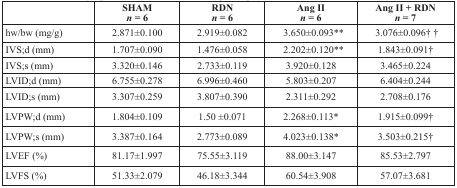
<table><thead><tr><td></td><td><b>SHAM <i>n</i> = 6</b></td><td><b>RDN <i>n</i> = 6</b></td><td><b>Ang II <i>n</i> = 6</b></td><td><b>Ang II + RDN <i>n</i> = 7</b></td></tr></thead><tbody><tr><td>hw/bw (mg/g)</td><td>2.871±0.100</td><td>2.919±0.082</td><td>3.650±0.093**</td><td>3.076±0.096† †</td></tr><tr><td>IVS;d (mm)</td><td>1.707±0.090</td><td>1.476±0.058</td><td>2.202±0.120**</td><td>1.843±0.091†</td></tr><tr><td>IVS;s (mm)</td><td>3.320±0.146</td><td>2.733±0.119</td><td>3.920±0.128</td><td>3.465±0.224</td></tr><tr><td>LVID;d (mm)</td><td>6.755±0.278</td><td>6.996±0.460</td><td>5.803±0.207</td><td>6.404±0.244</td></tr><tr><td>LVID;s (mm)</td><td>3.307±0.259</td><td>3.807±0.390</td><td>2.311±0.292</td><td>2.708±0.176</td></tr><tr><td>LVPW;d (mm)</td><td>1.804±0.109</td><td>1.50 ±0.071</td><td>2.268±0.113*</td><td>1.915±0.099†</td></tr><tr><td>LVPW;s (mm)</td><td>3.387±0.164</td><td>2.773±0.089</td><td>4.023±0.138*</td><td>3.503±0.215†</td></tr><tr><td>LVEF (%)</td><td>81.17±1.997</td><td>75.55±3.119</td><td>88.00±3.147</td><td>85.53±2.797</td></tr><tr><td>LVFS (%)</td><td>51.33±2.079</td><td>46.18±3.344</td><td>60.54±3.908</td><td>57.07±3.681</td></tr></tbody></table>